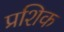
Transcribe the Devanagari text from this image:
प्रशिक